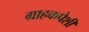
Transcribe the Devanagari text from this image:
ग्राहकपेशी